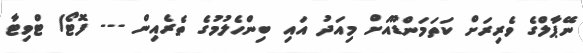
ނޭޕާލްގެ ވެރިރަށް ކަތަމަންޑޫއަށް މިއަދު އައި ބިންހެލުމުގެ ތެރެއިން --- ފޮޓޯ/ ޓްވިޓާ